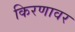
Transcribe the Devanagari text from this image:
किरणावर